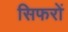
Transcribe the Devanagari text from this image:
सिफरों